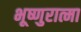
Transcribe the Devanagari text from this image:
भूष्णुरात्मा